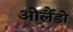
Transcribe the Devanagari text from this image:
ओर्लैंडो